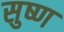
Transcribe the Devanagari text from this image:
सुष्ण